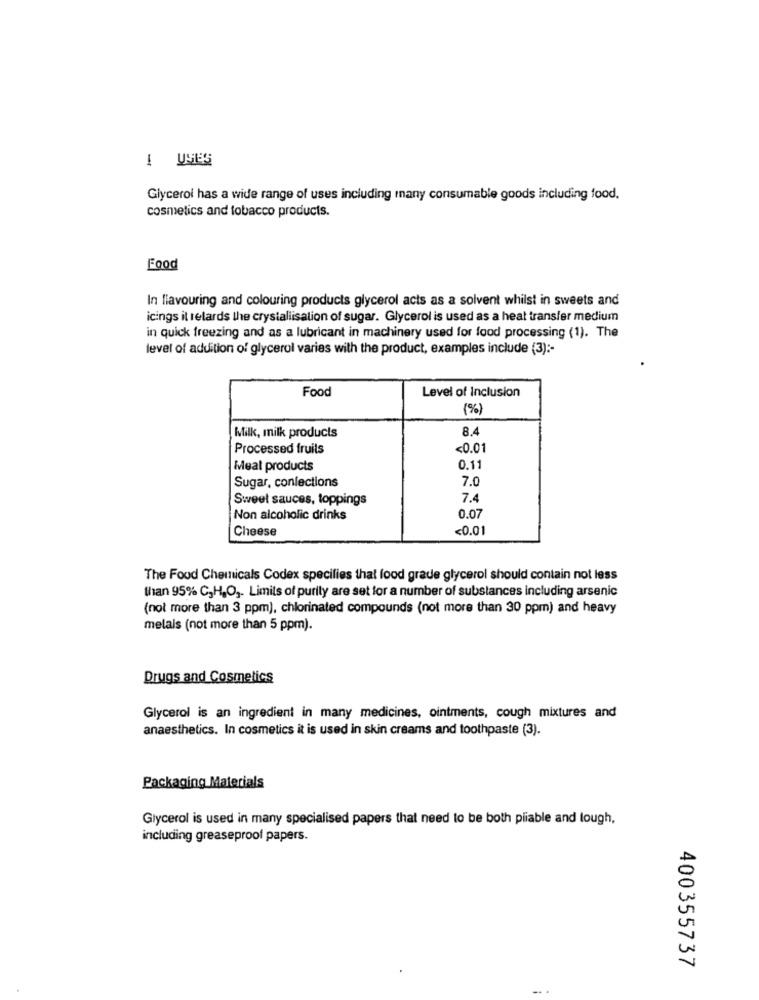
-
Glycerol has a wide range of uses including many consumable goods including food.
cosmetics and tobacco products.
Food
In flavouring and colouring products glycerol acts as a solvent whilst in sweets and
icings it retards the crystallisation of sugar. Glycerol is used as a heat transfer medium
in quick freezing and as a lubricant in machinery used for food processing (1). The
level of addition of glycerol varies with the product, examples include (3) :-
Food
Level of Inclusion
(%)
8.4
Milk, milk products
Processed fruits
<0.01
Meat products
0.11
7.0
Sugar, conlections
Sweet sauces, toppings
7.4
Non alcoholic drinks
0.07
Cheese
<0.01
The Food Chemicals Codex specifies that food grade glycerol should contain not less
than 95% C,H2O3. Limits of purity are set for a number of substances including arsenic
(not more than 3 ppm), chlorinated compounds (not more than 30 ppm) and heavy
melals (not more than 5 ppm).
Drugs and Cosmetics
Glycerol is an ingredient in many medicines, ointments, cough mixtures and
anaesthetics. In cosmetics it is used in skin creams and toothpaste (3).
Packaging Materials
Glycerol is used in many specialised papers that need to be both pliable and lough,
including greaseproof papers.
400355737